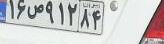
۱۶ص۹۱۲۸۴